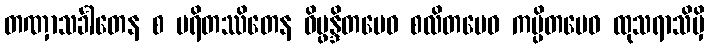
တဏှာသင်္ခါတေန စ ပရိတဿိတေန ဝိပ္ဖန္ဒိတမေဝ စလိတမေဝ ကမ္ပိတမေဝ ထုသရာသိမှိ